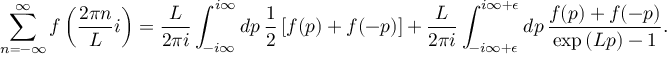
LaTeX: \displaystyle \sum _ { n = - \infty } ^ { \infty } f \left( \frac { 2 \pi n } { L } i \right) = \frac { L } { 2 \pi i } \int _ { - i \infty } ^ { i \infty } d p \, \frac { 1 } { 2 } \left[ f ( p ) + f ( - p ) \right] + \frac { L } { 2 \pi i } \int _ { - i \infty + \epsilon } ^ { i \infty + \epsilon } d p \, \frac { f ( p ) + f ( - p ) } { \exp { ( L p ) } - 1 } .